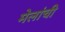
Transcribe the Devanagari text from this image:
मेलांची